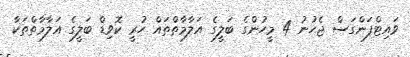
ވައިޓްފަންގަސް ޖެހުނު 4 މީހުންގެ ބަލީގެ އަލާމާތްތައް ހުރީ ކޮވިޑް ބަލީގެ އަލާމާތްތަކާ